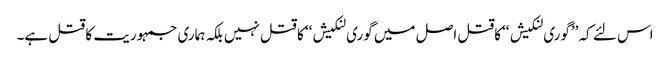
اس لئے کہ ’’گوری لنکیش ‘‘کاقتل اصل میں گوری لنکیش‘‘ کا قتل نہیں بلکہ ہماری جمہوریت کا قتل ہے۔